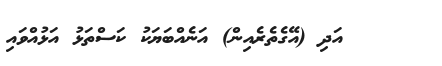
٣٨     އަދި (އޭގެތެރެއިން) އަނެއްބަޔަކު ކަސްތަޅު އަޅުއްވައި